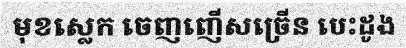
មុខស្លេក ចេញញើសច្រើន បេះដូង